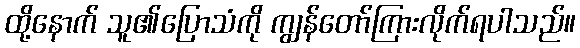
ထို့နောက် သူ၏ပြောသံကို ကျွန်တော်ကြားလိုက်ရပါသည်။